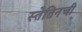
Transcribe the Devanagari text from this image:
स्तेतिनची